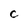
Character: C